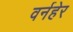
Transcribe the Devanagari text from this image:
वर्नहेर